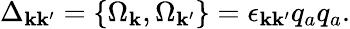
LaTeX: \Delta_{\mathbf{k}\mathbf{k}^{\prime}}=\{ \Omega_{\mathbf{k}},\Omega_{\mathbf{k}^{\prime}}\} =\epsilon_{\mathbf{k}\mathbf{k}^{\prime}}q_{a}q_{a}.